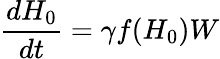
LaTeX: \frac{dH_{0}}{dt}=\gamma f(H_{0})W